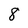
Character: 8